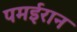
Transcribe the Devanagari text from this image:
पमईरान